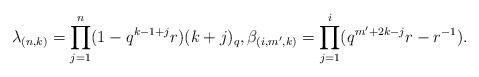
LaTeX: \begin{align*}\lambda_{(n,k)}=\prod_{j=1}^{n}(1-q^{k-1+j}r)(k+j)_q, \beta_{(i,m',k)}=\prod_{j=1}^{i}(q^{m'+2k-j}r-r^{-1}).\end{align*}